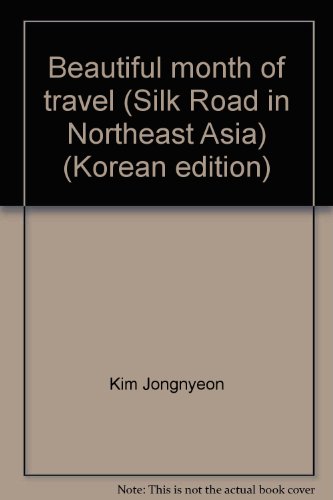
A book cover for Beautiful month of travel (Silk Road in Northeast Asia) (Korean edition); Travel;